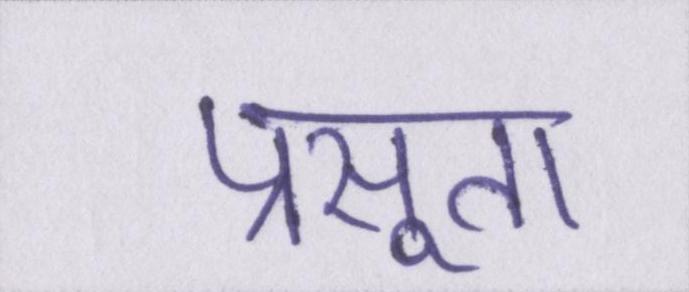
प्रसूता